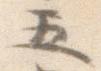
五